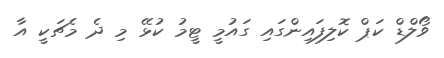
ވޯލްޑް ކަޕް ކޮލިފައިންގައި ގައުމީ ޓީމު ކުޅޭ މި ދެ މެޗަކީ އާ